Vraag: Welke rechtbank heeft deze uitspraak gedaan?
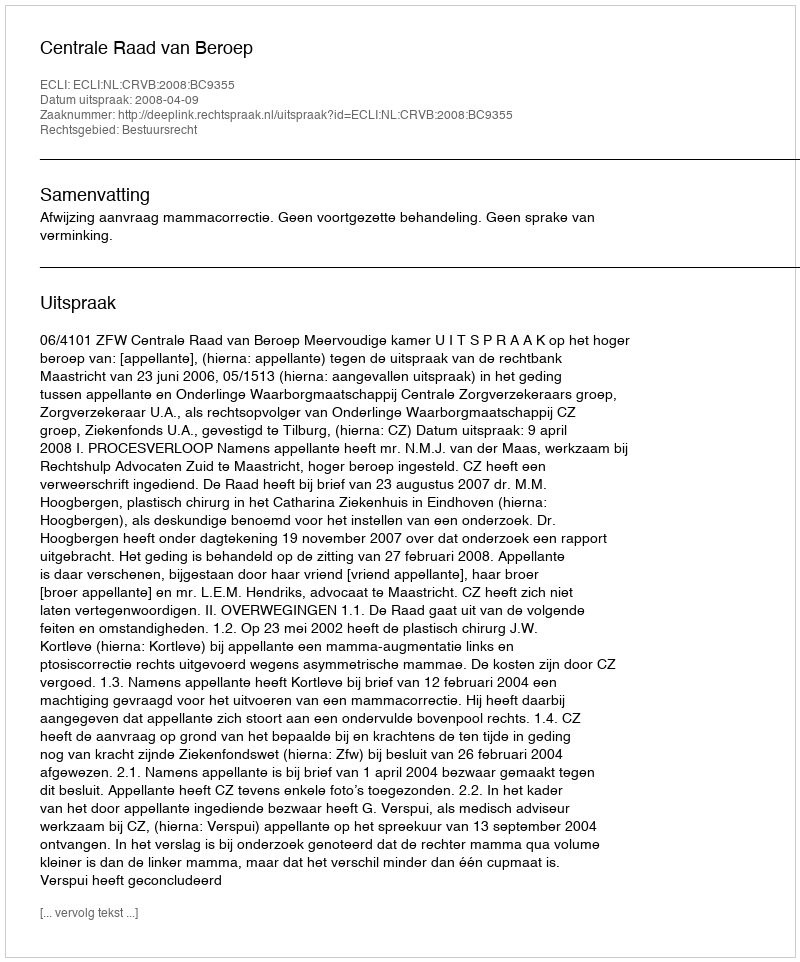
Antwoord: Centrale Raad van Beroep